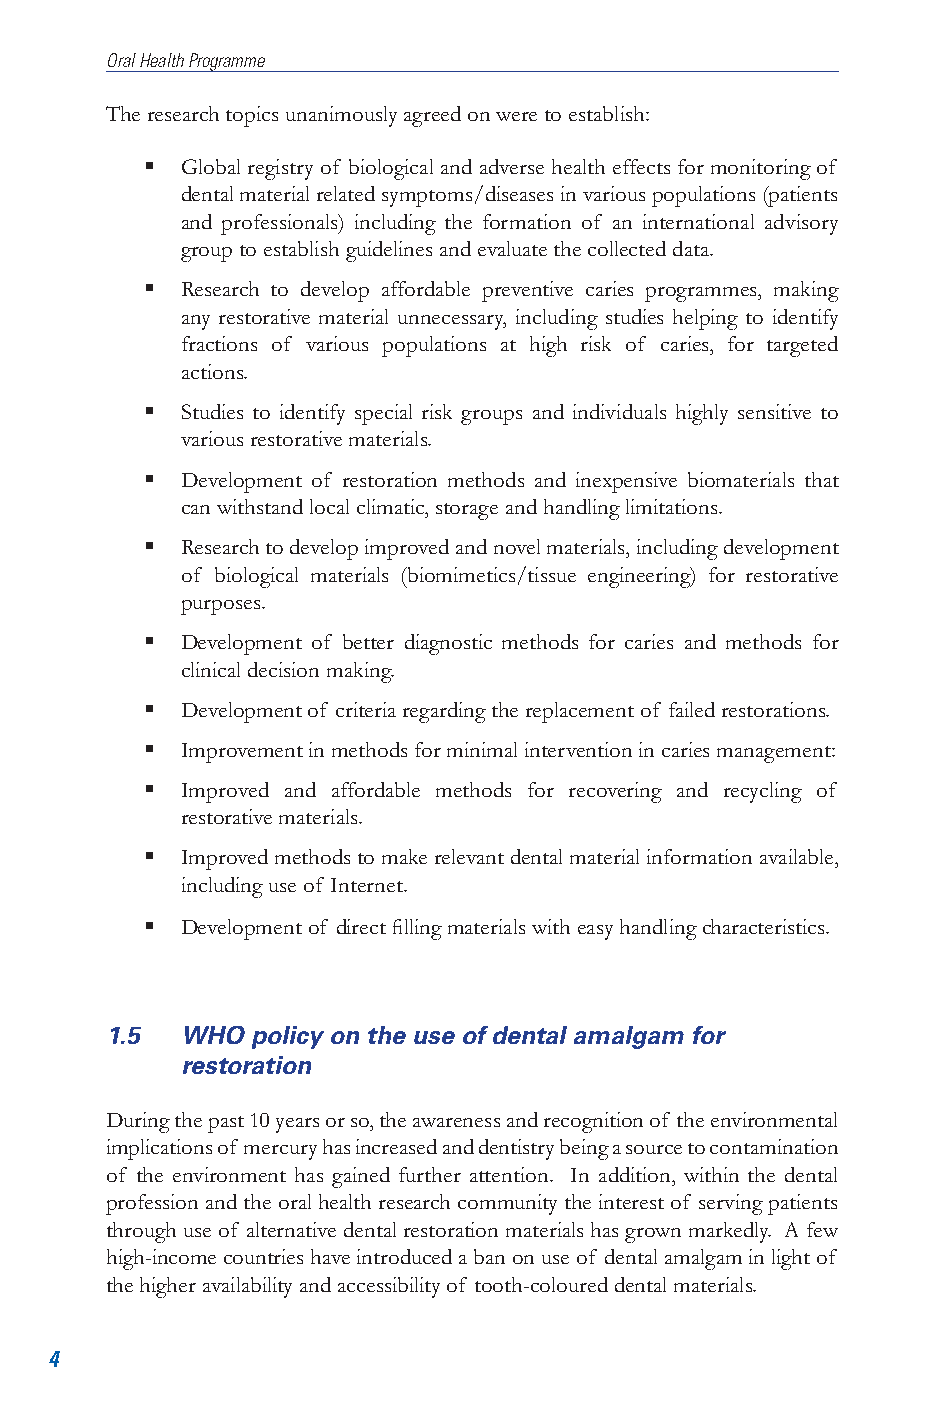
Oral Health Programme
 The research topics unanimously agreed on were to establish:
   Global registry of biological and adverse health effects for monitoring of
 dental material related symptoms/diseases in various populations (patients
 and professionals) including the formation of an international advisory
 group to establish guidelines and evaluate the collected data.
  Research to develop affordable preventive caries programmes, making
 any restorative material unnecessary, including studies helping to identify
 fractions of various populations at high risk of caries, for targeted
 actions.
  Studies to identify special risk groups and individuals highly sensitive to
 various restorative materials.
  Development of restoration methods and inexpensive biomaterials that
 can withstand local climatic, storage and handling limitations.
  Research to develop improved and novel materials, including development
 of biological materials (biomimetics/tissue engineering) for restorative
 purposes.
   Development of better diagnostic methods for caries and methods for
 clinical decision making.
  Development of criteria regarding the replacement of failed restorations.
  Improvement in methods for minimal intervention in caries management:
  Improved and affordable methods for recovering and recycling of
 restorative materials.
  Improved methods to make relevant dental material information available,
 including use of Internet.
   Development of direct filling materials with easy handling characteristics.
 1.5  WHO  policy on the use of dental amalgam for
 restoration
 During the past 10 years or so, the awareness and recognition of the environmental
 implications of mercury has increased and dentistry being a source to contamination
 of the environment has gained further attention. In addition, within the dental
 profession and the oral health research community the interest of serving patients
 through use of alternative dental restoration materials has grown markedly. A few
 high-income countries have introduced a ban on use of dental amalgam in light of
 the higher availability and accessibility of tooth-coloured dental materials.
 4